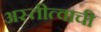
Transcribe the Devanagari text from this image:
अस्तीत्वाची